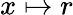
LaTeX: x\mapsto r